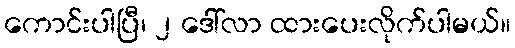
ကောင်းပါပြီ၊ ၂ ဒေါ်လာ ထားပေးလိုက်ပါမယ်။